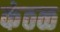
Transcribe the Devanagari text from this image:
कंठळ